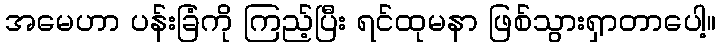
အမေဟာ ပန်းခြံကို ကြည့်ပြီး ရင်ထုမနာ ဖြစ်သွားရှာတာပေါ့။